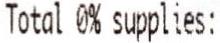
TOTAL 0% SUPPLIES: